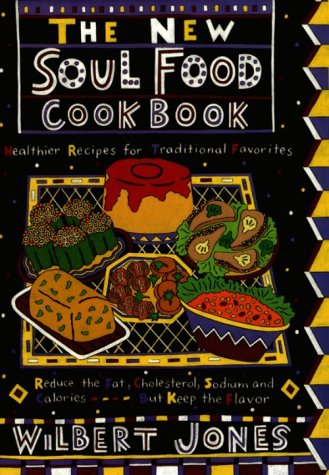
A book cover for The New Soul Food Cookbook: Healthier Recipes for Traditional Favorites; Wilbert Jones; Cookbooks, Food & Wine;